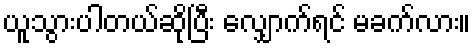
ယူသွားပါတယ်ဆိုပြီး လျှောက်ရင် မခက်လား။